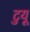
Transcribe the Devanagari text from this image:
टुयू